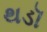
થડૉ